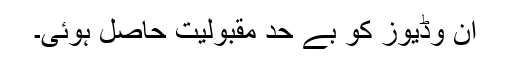
ان وڈیوز کو بے حد مقبولیت حاصل ہوئی۔